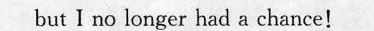
but I ms lomger had a cihsmce!